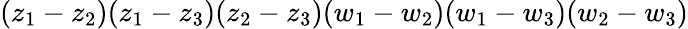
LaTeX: (z_{1}-z_{2})(z_{1}-z_{3})(z_{2}-z_{3})(w_{1}-w_{2})(w_{1}-w_{3})(w_{2}-w_{3})